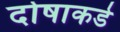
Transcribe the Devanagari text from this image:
दोषाकडे